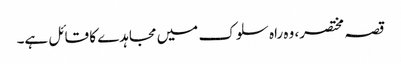
قصہ مختصر، وہ راہ سلوک میں مجاہدے کا قائل ہے۔